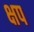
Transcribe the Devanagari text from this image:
क्षप